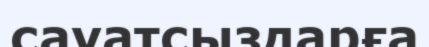
сауатсыздарға